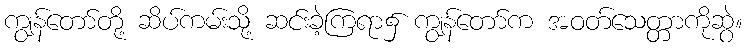
ကျွန်တော်တို့ ဆိပ်ကမ်းသို့ ဆင်းခဲ့ကြရာ၌ ကျွန်တော်က အဝတ်သေတ္တာကိုဆွဲ။